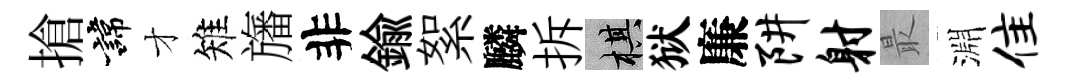
搶諱才雉旛非鍮絮麟拆棋狱廉阱射最淵隹